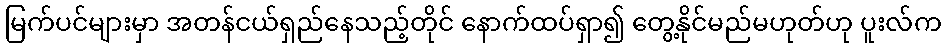
မြက်ပင်များမှာ အတန်ငယ်ရှည်နေသည့်တိုင် နောက်ထပ်ရှာ၍ တွေ့နိုင်မည်မဟုတ်ဟု ပူးလ်က